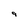
Character: 9